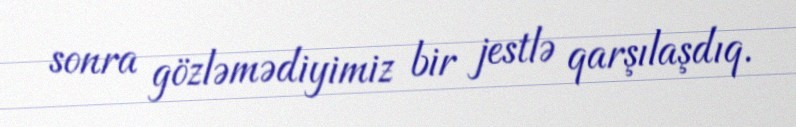
sonra gözləmədiyimiz bir jestlə qarşılaşdıq.